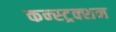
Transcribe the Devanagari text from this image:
कन्‍स्‍ट्रक्‍शन